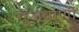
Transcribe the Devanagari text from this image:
गुंजवाणी